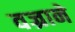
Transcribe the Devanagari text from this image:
वज्राने